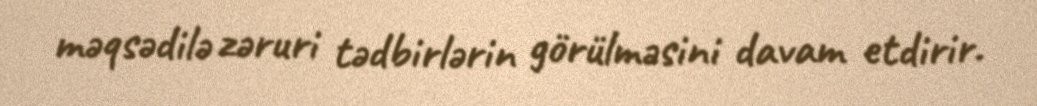
məqsədilə zəruri tədbirlərin görülməsini davam etdirir.